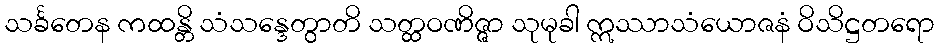
သင်္ခတေန ကထန္တိ သံသန္ဒေတွာတိ သတ္ထဝဏိဇ္ဇာ သုမုခါ ဣဿာသံယောဇနံ ဝိသိဋ္ဌတရော